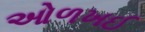
ઓળખઈ